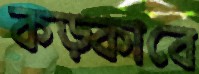
কড়্‌কাবে